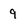
Character: 9